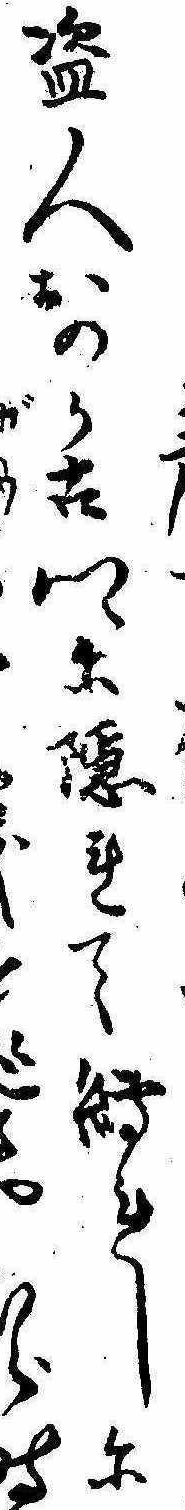
盗人おのか古郷に隠れて縛れしにるら時